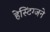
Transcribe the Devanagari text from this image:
हेस्टिंग्जने